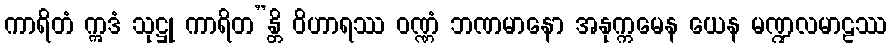
ကာရိတံ ဣဒံ သုဋ္ဌု ကာရိတ”န္တိ ဝိဟာရဿ ဝဏ္ဏံ ဘဏမာနော အနုက္ကမေန ယေန မဏ္ဍလမာဠဿ